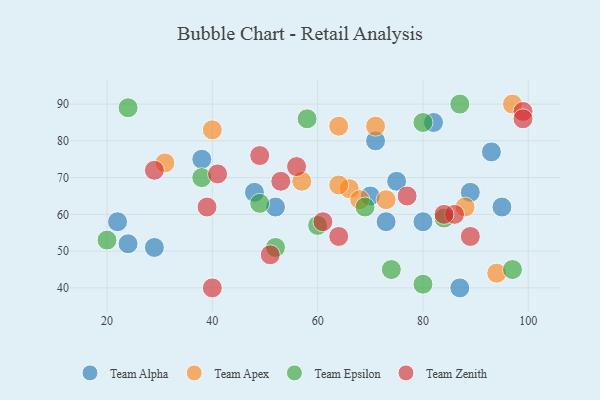
{"axis": {"x": "GDP", "y": "Life Expectancy"}, "legend": ["Team Alpha", "Team Apex", "Team Epsilon", "Team Zenith"], "data": [{"x": "95", "y": 62, "type": "Team Alpha"}, {"x": "89", "y": 66, "type": "Team Alpha"}, {"x": "87", "y": 40, "type": "Team Alpha"}, {"x": "75", "y": 69, "type": "Team Alpha"}, {"x": "71", "y": 80, "type": "Team Alpha"}, {"x": "38", "y": 75, "type": "Team Alpha"}, {"x": "93", "y": 77, "type": "Team Alpha"}, {"x": "24", "y": 52, "type": "Team Alpha"}, {"x": "73", "y": 58, "type": "Team Alpha"}, {"x": "29", "y": 51, "type": "Team Alpha"}, {"x": "52", "y": 62, "type": "Team Alpha"}, {"x": "80", "y": 58, "type": "Team Alpha"}, {"x": "82", "y": 85, "type": "Team Alpha"}, {"x": "22", "y": 58, "type": "Team Alpha"}, {"x": "70", "y": 65, "type": "Team Alpha"}, {"x": "48", "y": 66, "type": "Team Alpha"}, {"x": "94", "y": 44, "type": "Team Apex"}, {"x": "64", "y": 84, "type": "Team Apex"}, {"x": "97", "y": 90, "type": "Team Apex"}, {"x": "40", "y": 83, "type": "Team Apex"}, {"x": "73", "y": 64, "type": "Team Apex"}, {"x": "66", "y": 67, "type": "Team Apex"}, {"x": "31", "y": 74, "type": "Team Apex"}, {"x": "68", "y": 64, "type": "Team Apex"}, {"x": "71", "y": 84, "type": "Team Apex"}, {"x": "64", "y": 68, "type": "Team Apex"}, {"x": "88", "y": 62, "type": "Team Apex"}, {"x": "57", "y": 69, "type": "Team Apex"}, {"x": "74", "y": 45, "type": "Team Epsilon"}, {"x": "52", "y": 51, "type": "Team Epsilon"}, {"x": "20", "y": 53, "type": "Team Epsilon"}, {"x": "80", "y": 41, "type": "Team Epsilon"}, {"x": "80", "y": 85, "type": "Team Epsilon"}, {"x": "60", "y": 57, "type": "Team Epsilon"}, {"x": "49", "y": 63, "type": "Team Epsilon"}, {"x": "58", "y": 86, "type": "Team Epsilon"}, {"x": "24", "y": 89, "type": "Team Epsilon"}, {"x": "87", "y": 90, "type": "Team Epsilon"}, {"x": "84", "y": 59, "type": "Team Epsilon"}, {"x": "69", "y": 62, "type": "Team Epsilon"}, {"x": "38", "y": 70, "type": "Team Epsilon"}, {"x": "97", "y": 45, "type": "Team Epsilon"}, {"x": "29", "y": 72, "type": "Team Zenith"}, {"x": "77", "y": 65, "type": "Team Zenith"}, {"x": "49", "y": 76, "type": "Team Zenith"}, {"x": "89", "y": 54, "type": "Team Zenith"}, {"x": "64", "y": 54, "type": "Team Zenith"}, {"x": "53", "y": 69, "type": "Team Zenith"}, {"x": "56", "y": 73, "type": "Team Zenith"}, {"x": "51", "y": 49, "type": "Team Zenith"}, {"x": "40", "y": 40, "type": "Team Zenith"}, {"x": "61", "y": 58, "type": "Team Zenith"}, {"x": "86", "y": 60, "type": "Team Zenith"}, {"x": "99", "y": 88, "type": "Team Zenith"}, {"x": "84", "y": 60, "type": "Team Zenith"}, {"x": "39", "y": 62, "type": "Team Zenith"}, {"x": "41", "y": 71, "type": "Team Zenith"}, {"x": "99", "y": 86, "type": "Team Zenith"}]}